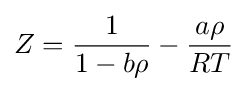
Z={1 \over 1-b\rho }-{a\rho  \over RT}